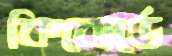
কিবোর্ডে